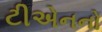
ટીએનનો